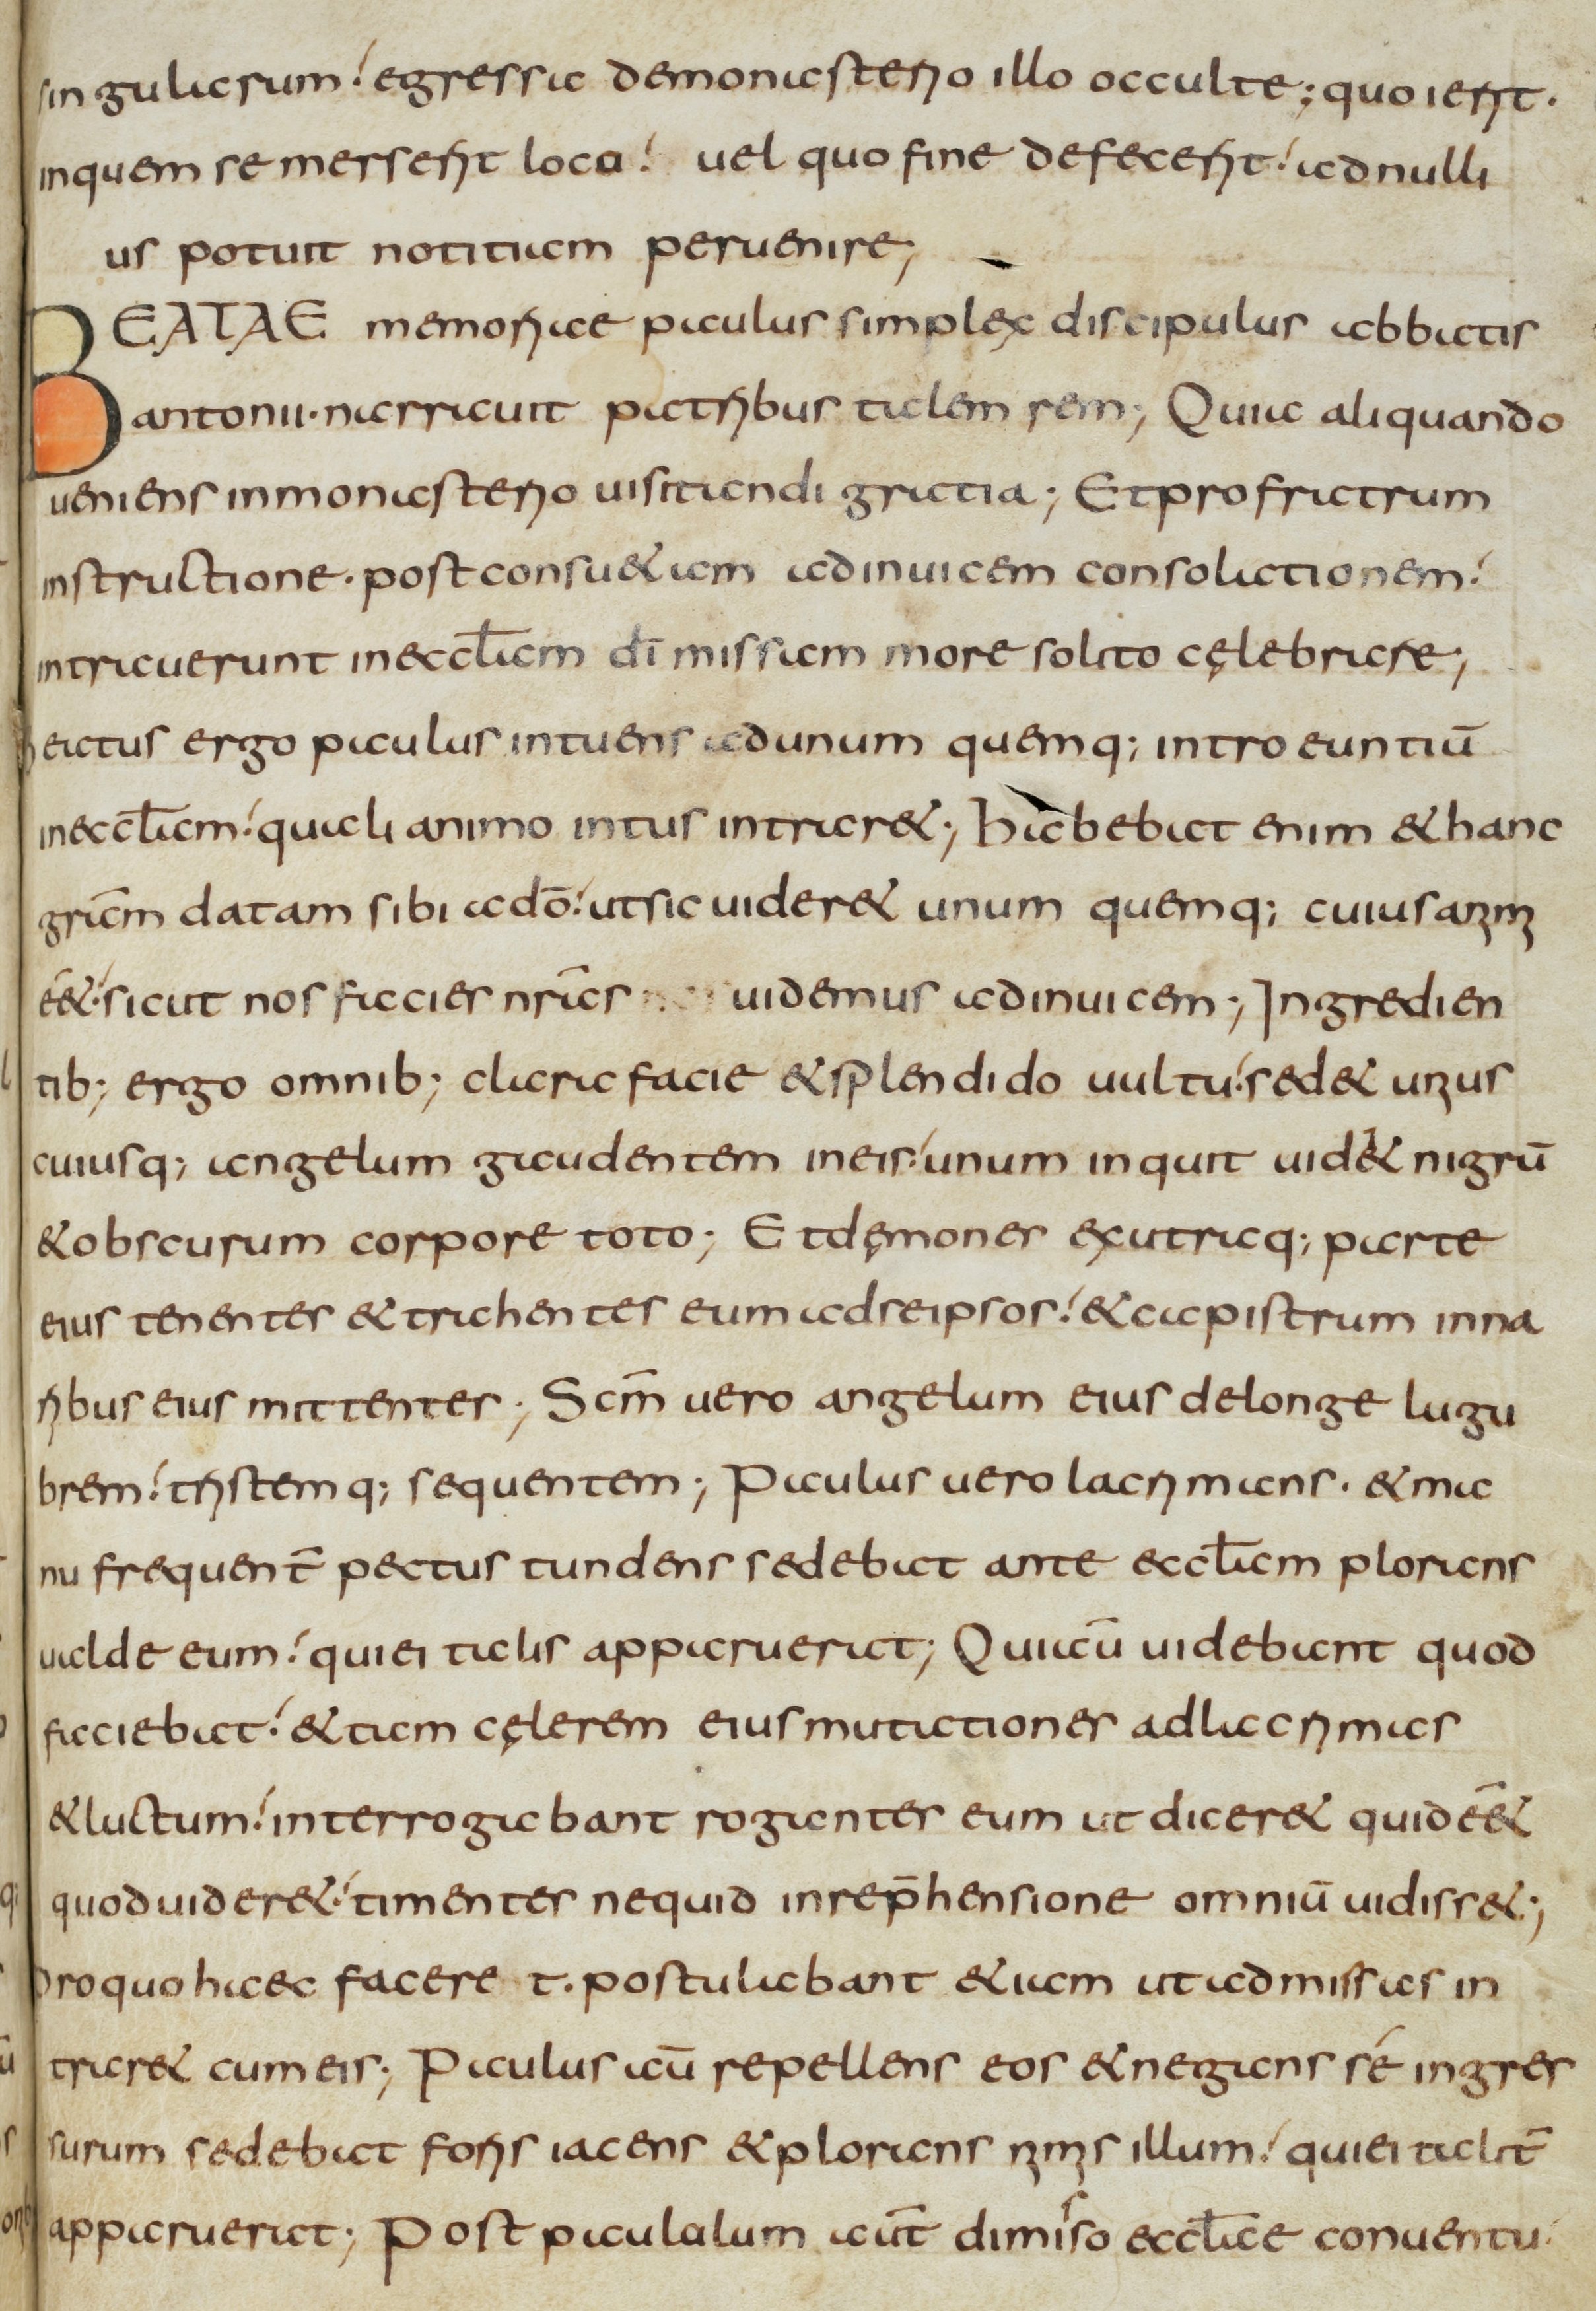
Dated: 800–849